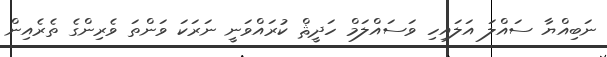
ނަބިއްޔާ ސައްލަ އަލައިހި ވަސައްލަމް ހަދީޘް ކުރައްވަނީ ނަރަކަ ވަންތަ ވެރިންގެ ތެރެއިން